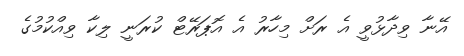
އޭނާ ވިދާޅުވީ އެ ރަށް މިހާރު އެ އޮޕަރޭޓް ކުރަނީ ލިކާ ވިއްކުމުގެ